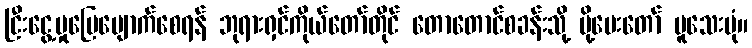
ငြီးငွေ့မှုပြေပျောက်စေရန် ဘုရားရှင်ကိုယ်တော်တိုင် တောတောင်စခန်းသို့ ပို့ပေးတော် မူသေးပုံ။